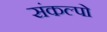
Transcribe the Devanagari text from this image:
संकल्पो